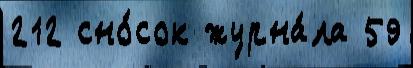
212 сно́сок журна́ла 59